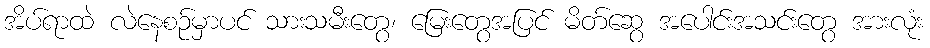
အိပ်ရာထဲ လဲနေစဉ်မှာပင် သားသမီးတွေ၊ မြေးတွေအပြင် မိတ်ဆွေ အပေါင်းအသင်းတွေ အားလုံး